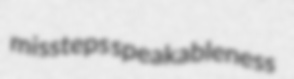
missteps speakableness